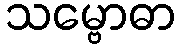
သမ္ဗောဓာ